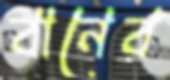
বানের